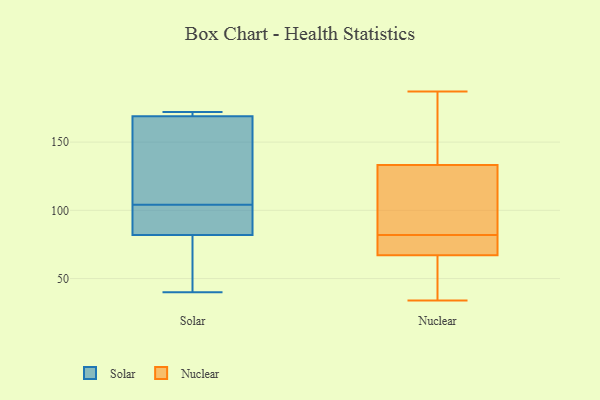
{"axis": {"x": "Conversion Rate (%)", "y": "Value"}, "legend": ["Nuclear", "Solar"], "data": [{"x": "", "y": 76, "type": "Solar"}, {"x": "", "y": 85, "type": "Solar"}, {"x": "", "y": 82, "type": "Solar"}, {"x": "", "y": 40, "type": "Solar"}, {"x": "", "y": 101, "type": "Solar"}, {"x": "", "y": 172, "type": "Solar"}, {"x": "", "y": 107, "type": "Solar"}, {"x": "", "y": 171, "type": "Solar"}, {"x": "", "y": 148, "type": "Solar"}, {"x": "", "y": 169, "type": "Solar"}, {"x": "", "y": 58, "type": "Nuclear"}, {"x": "", "y": 120, "type": "Nuclear"}, {"x": "", "y": 70, "type": "Nuclear"}, {"x": "", "y": 122, "type": "Nuclear"}, {"x": "", "y": 168, "type": "Nuclear"}, {"x": "", "y": 137, "type": "Nuclear"}, {"x": "", "y": 187, "type": "Nuclear"}, {"x": "", "y": 82, "type": "Nuclear"}, {"x": "", "y": 34, "type": "Nuclear"}, {"x": "", "y": 66, "type": "Nuclear"}, {"x": "", "y": 71, "type": "Nuclear"}]}